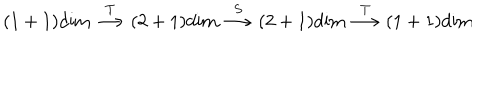
( 1 + 1 ) \mathrm { d i m } \stackrel { T } { \longrightarrow } ( 2 + 1 ) \mathrm { d i m } \stackrel { S } { \longrightarrow } ( 2 + 1 ) \mathrm { d i m } \stackrel { T } { \longrightarrow } ( 1 + 1 ) \mathrm { d i m }